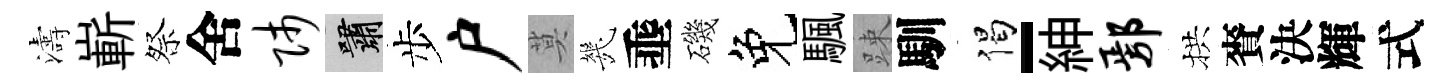
濤嶄祭舍师嘯步户莫㡬埀磯免颿踈馴偈-紳鄢拱賚決輝式